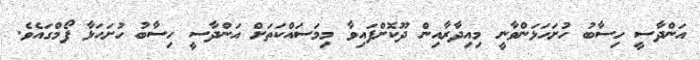
އަންދާސީ ހިސާބު ހުށަހަޅަންވާނީ މިއިދާރާއިން ދޫކޮށްފައިވާ މިމަސައްކަތަށް އަންދާސީ ހިސާބު ހުށަހަޅާ ފޯމްގައެވެ.